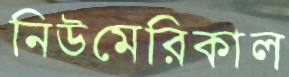
নিউমেরিকাল